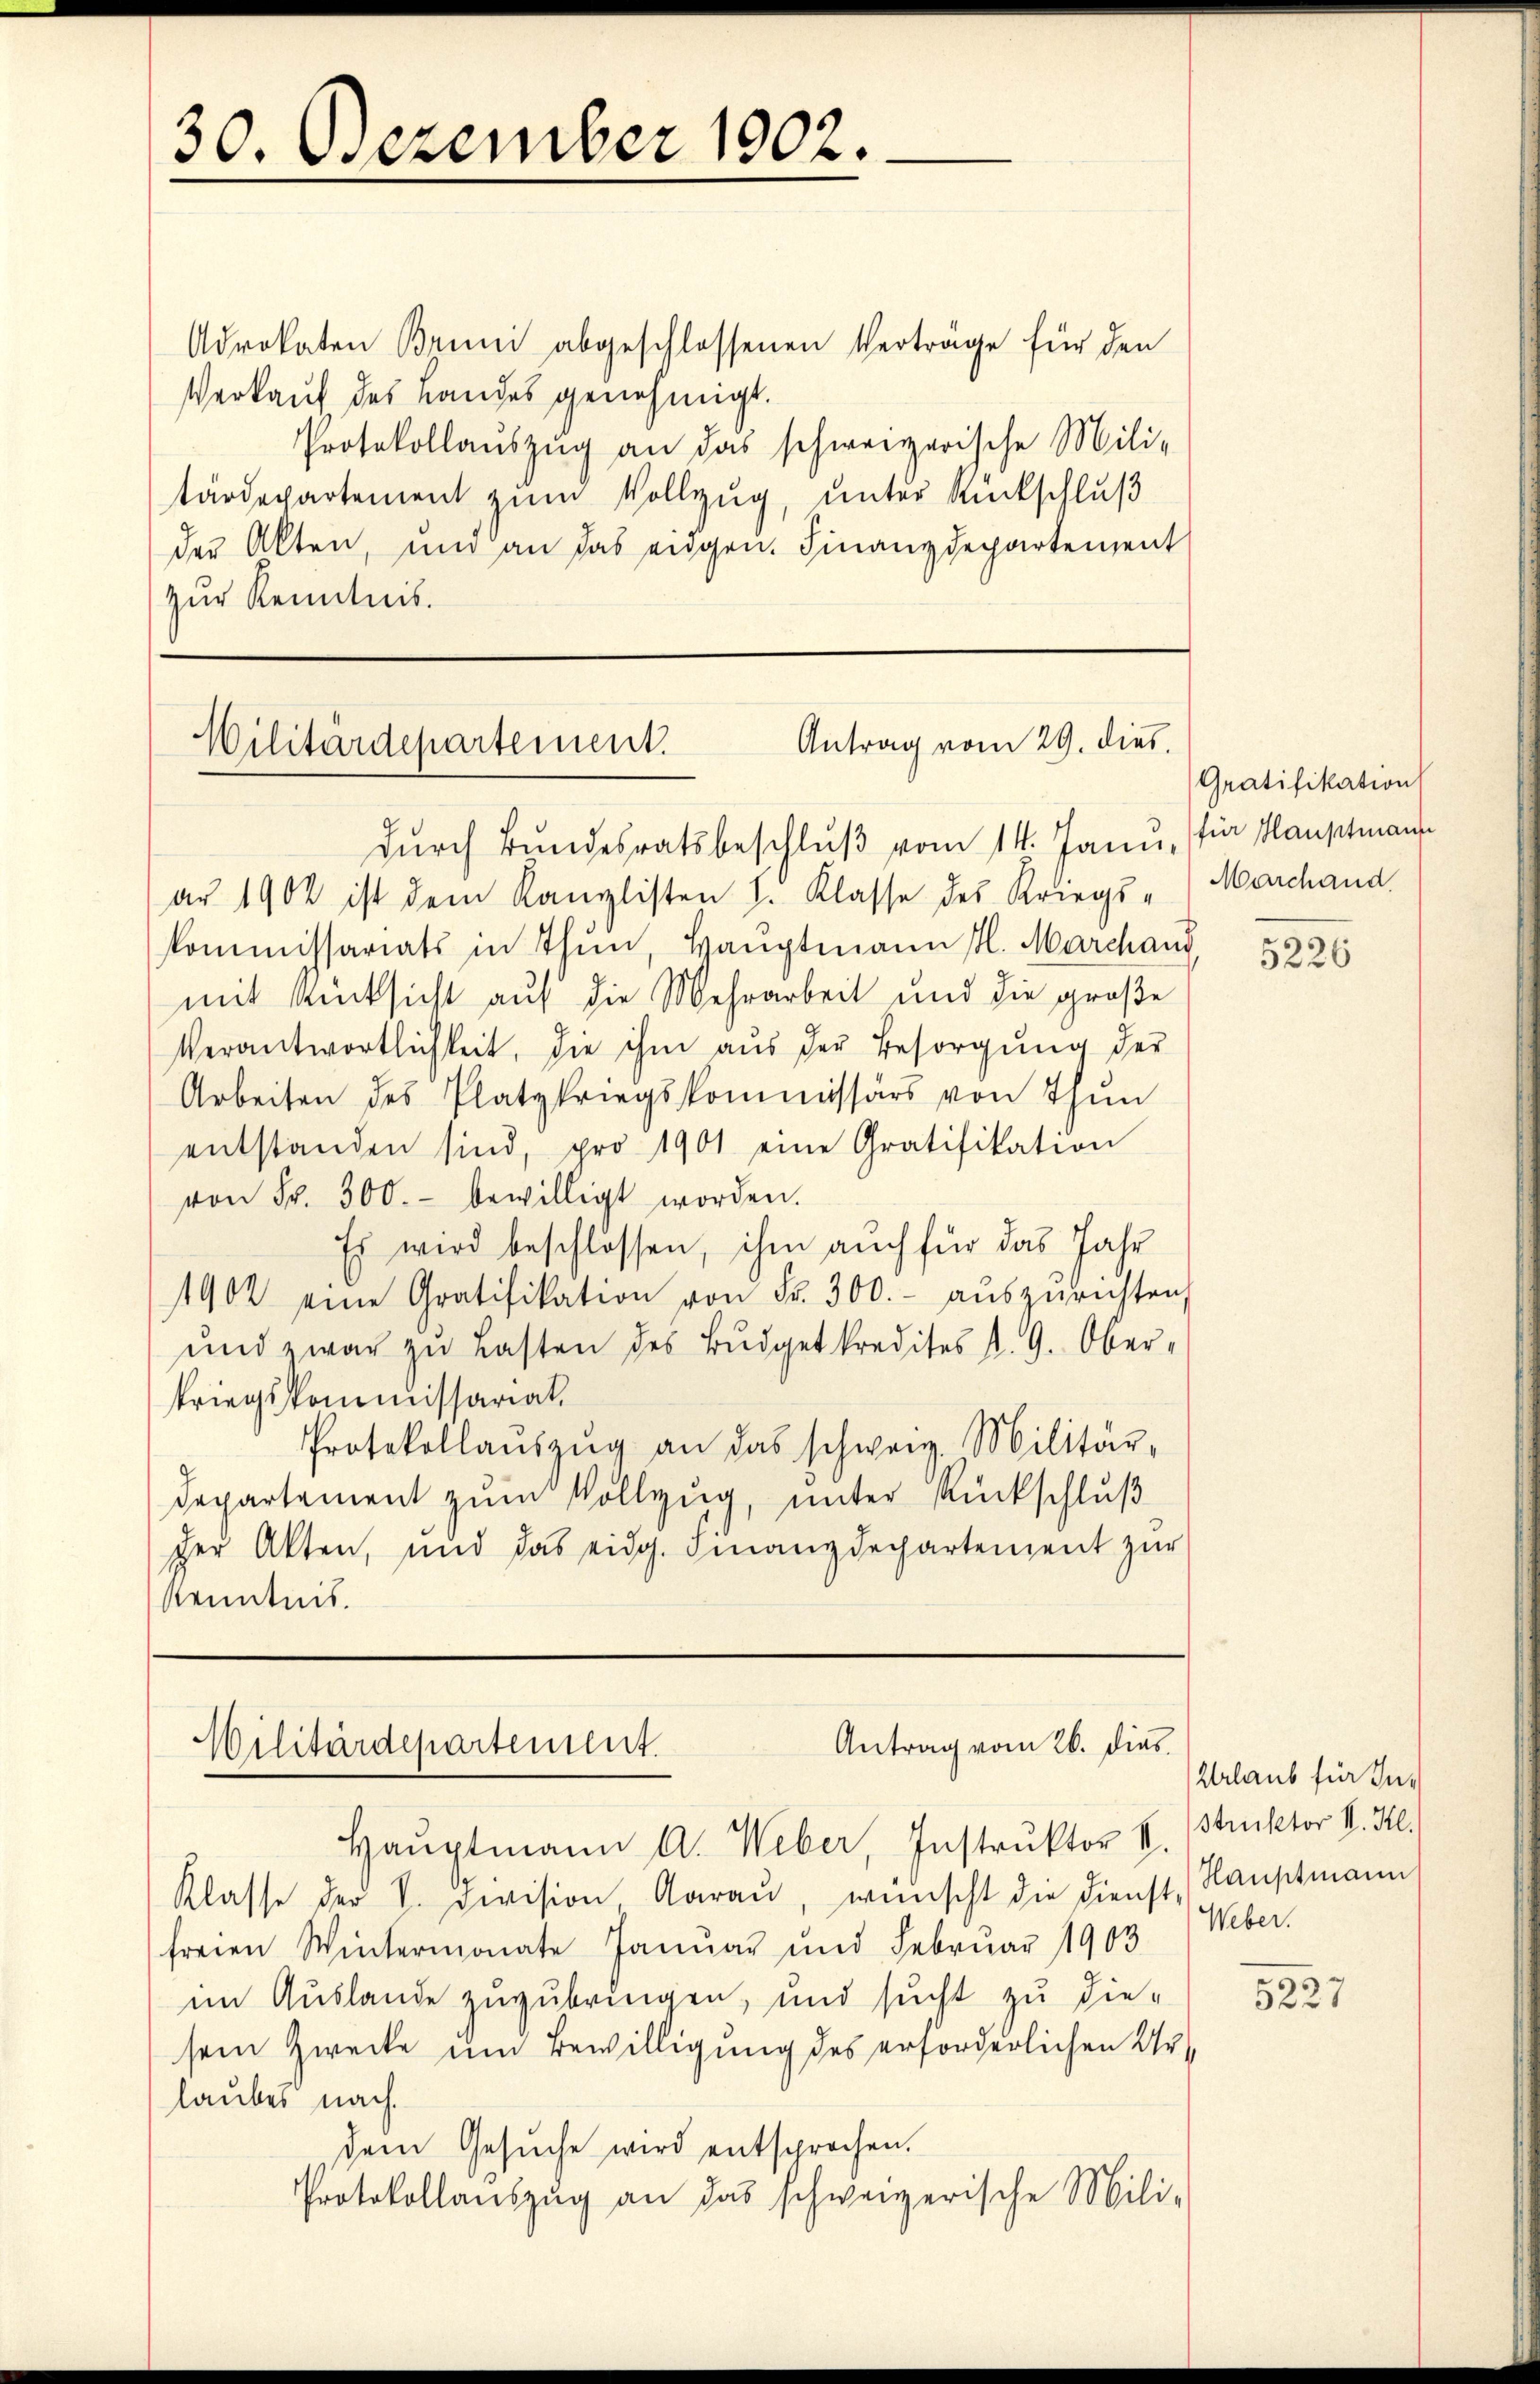
30. Dezember 1902.

Advokaten Bruni abgeschlossenen Verträge für den
Verkauf des Landes genehmigt.
Protokollaŭszŭg an das schweizerische Mili-
tärdepartement zum Vollzug, unter Rückschluß
der Akten, und an das eidgen. Finanzdepartement
zur Kenntnis.

Antrag vom 29. dies
Militärdepartement.
durch Bundesratsbeschluß vom 14. Jann, (für Hauptmann

ar 1902 ist dem Kanzlisten I. Klasse des Kriegs-
kommissariats in Thun, Hauptmann H. Marchaus
mit Rücksicht auf die Mehrarbeit und die große
Verantwortlichkeit, die ihm aus der Besorgung der
Arbeiten des Platzkriegskommissärs von Thun
entstanden sind, pro 1901 eine Gratifikation
von Fr. 300.- bewilligt worden.
Es wird beschlossen, ihm auch für das Jahr
1902 eine Gratifikation von Fr. 300.- aŭszŭrichten,
ŭnd zwar zu Lasten des Bŭdgetkredites St. G. Ober-
kriegskommissariat.
Protokollaŭszŭg an das schweiz. Militär-
Departement zum Vollzug, unter Rückschluß
der Akten, und das eidg. Finanzdechartement zur
Kenntnis.

Antrag vom 26. dies
Militärdepartement.
Haŭptmann A. Weber, Instruktor K.

Klasse der V. Division Aarau, wünscht die Dienst, Hauptmann
freien Wintermonate Januar und Februar 1903
im Auslande zuzubringen, und sucht zu die-
sein Zwecke um Bewilligung des erforderlichen Urlaubes nach
dem Gesŭche wird entsprochen.
Protokollaŭszŭg an das schweizerische Mili-

Gratifikation
Marchand.

5226

Urlaub für In¬
Strektor II. Kl.
Weber.

5227